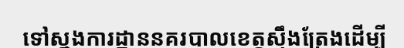
ទៅស្នងការដ្ឋាននគរបាលខេត្តស្ទឹងត្រែងដើម្បី